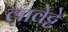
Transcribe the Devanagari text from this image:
लावेट्टे